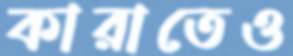
কারাতেও